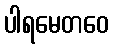
ပါရမေတဝေ